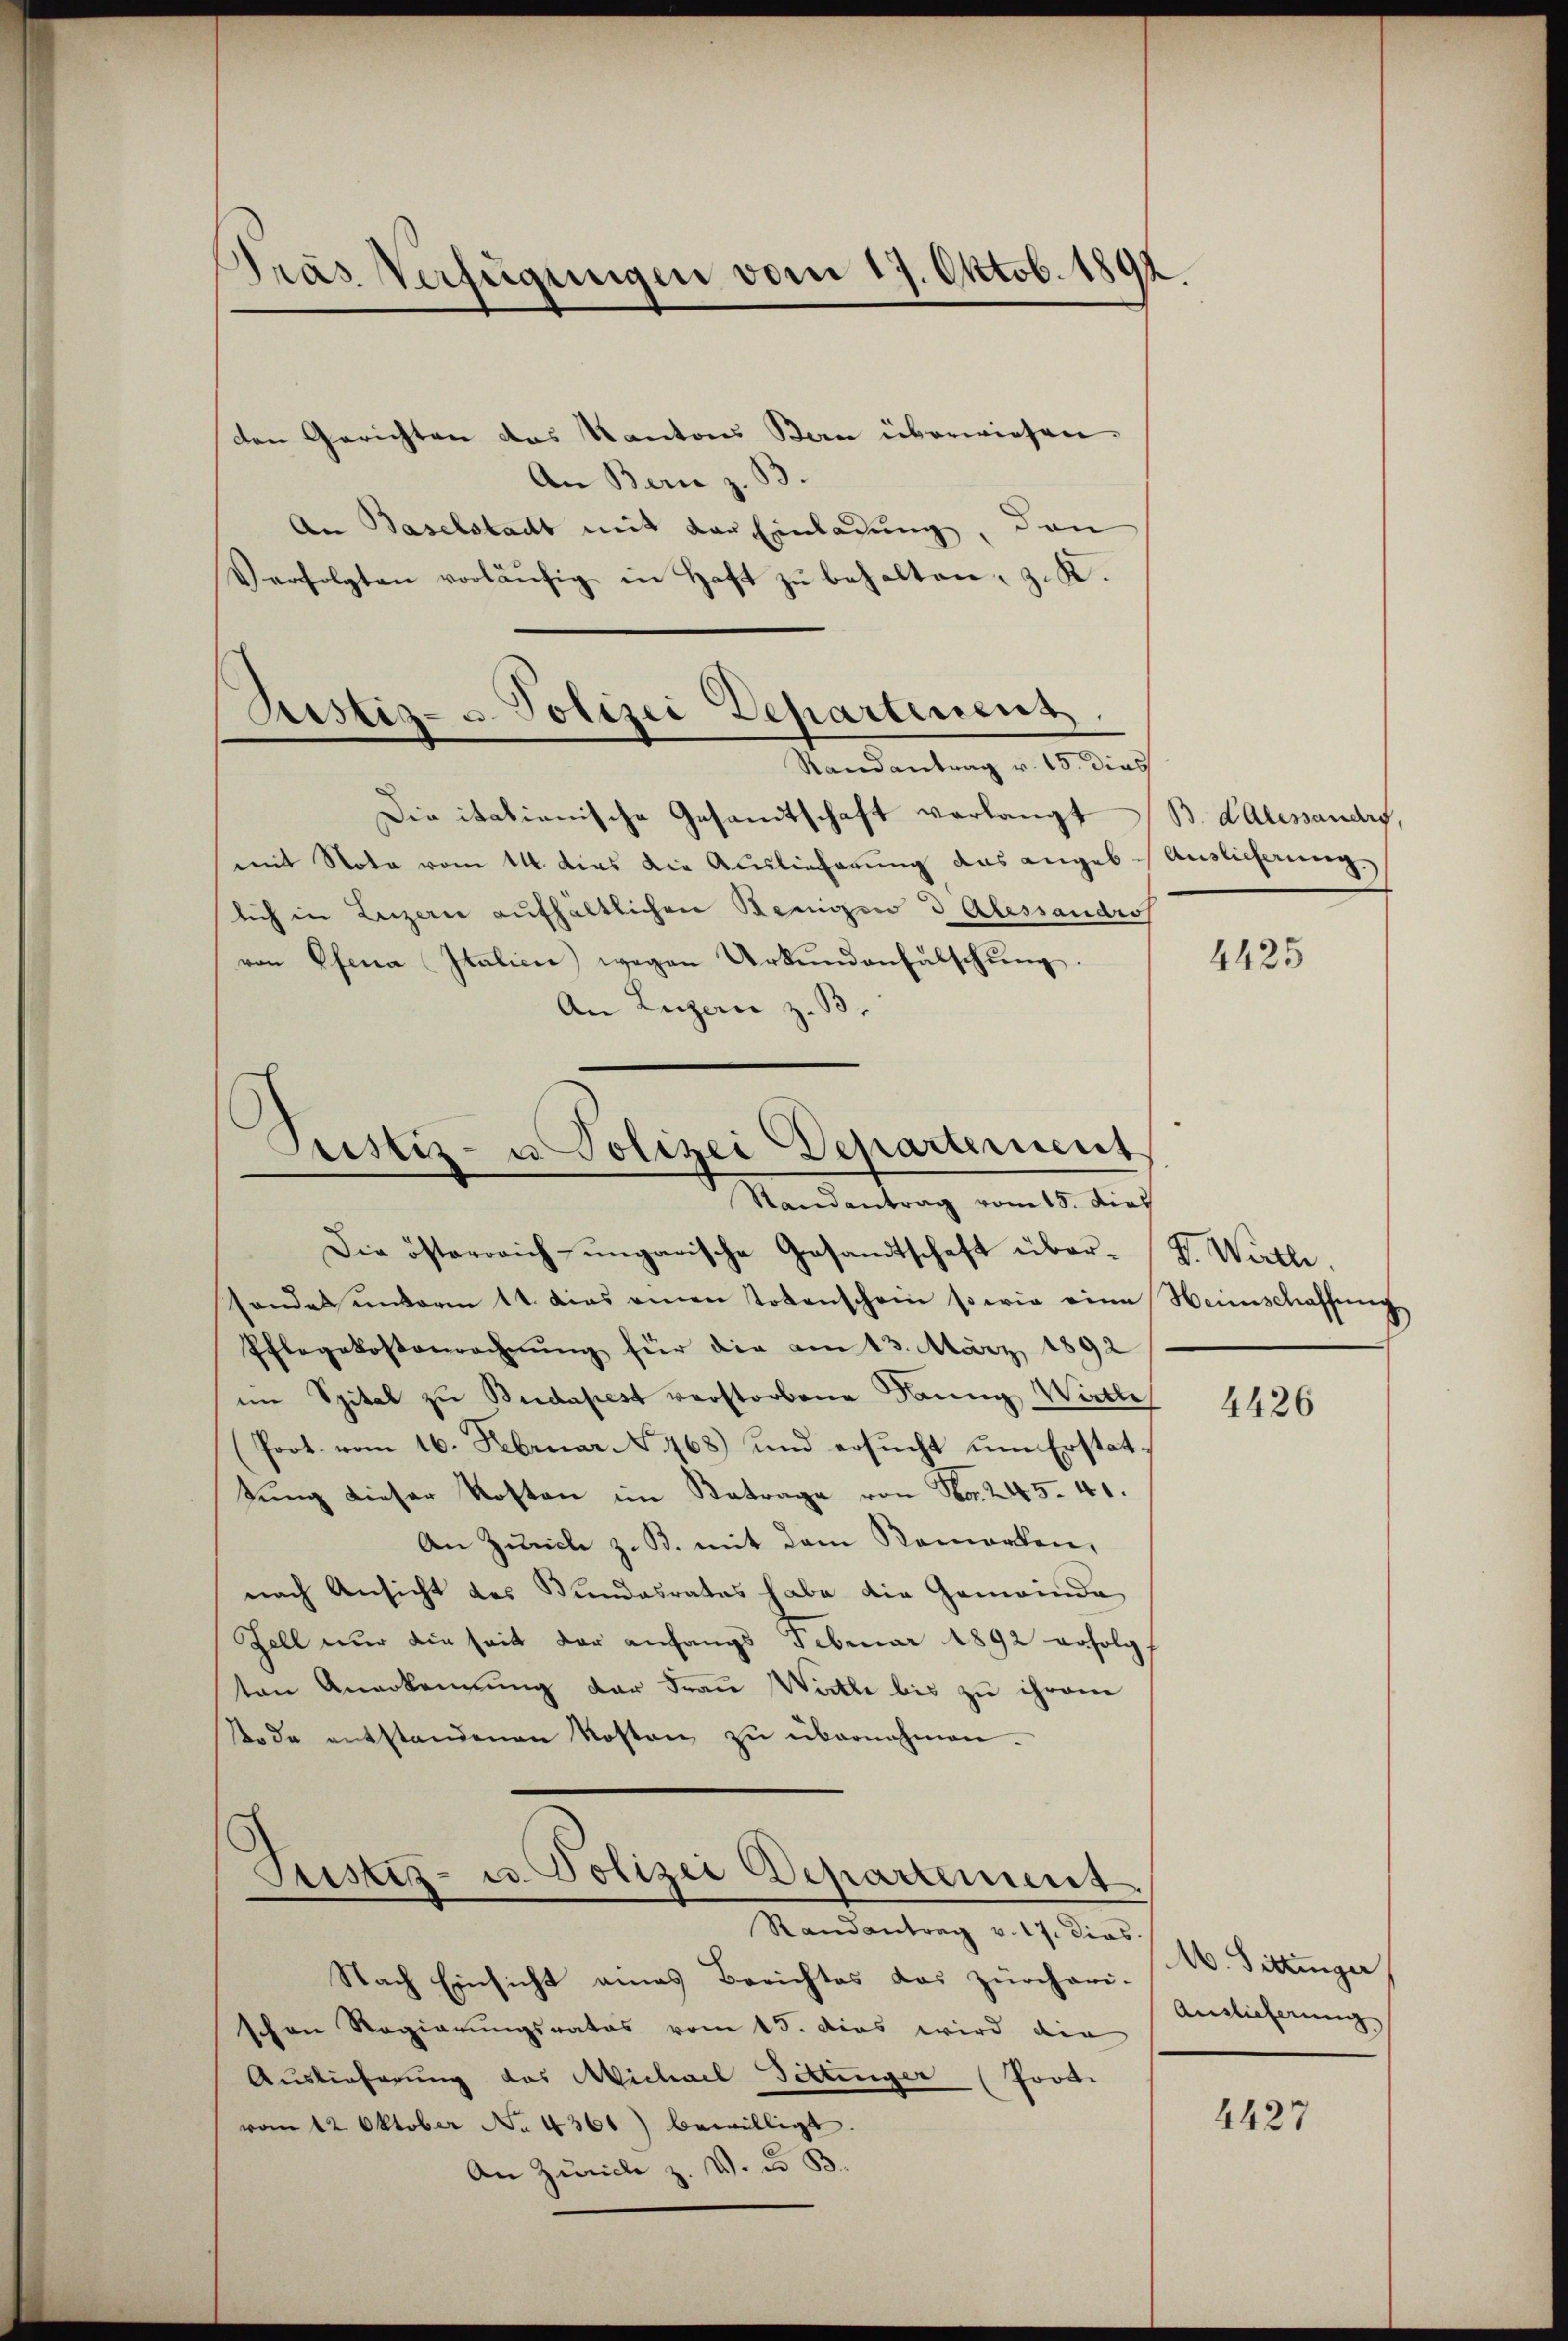
Präs. Verfügungen vom 17. Oktob. 1892

den Gerichten das Kantons Bern überwiesen.
An Bern z. B.
An Baselstadt mit der Einladung, den
Verfolgten vorläŭfig in Haft zŭ behalten, z. K.
Die italienische Gesamtschaft verlangt
mit Nota vom 14. dies die Auslieferung das angeblich in Luzern aufhältlichen Renigen 3 Alessaudios
von Ofena Italici wegen Urkundenfalschung.
An Luzern z. B.
Die österreich-ungarische Gesandtschaft übersonder ŭnterm 11. das einen Totenschein so wie eine Heimschaffŭng
Pflegekostenrechnŭng für die am 13. März 1892
im Spital zu Budapest verstorbene Dann Wirthe
(Prot. vom 16. Februar 768) und ersŭcht ŭm Erstattŭng dieser Kosten im Betrage von No. 245. 41.
An Zürich z. B. mit dem Remarken,
nach Ansicht des Bundesrates habe die Gemeinde
Zell nur die seit der anfangs Februar 1892 erfolgt
ten Anerkennung der Frau Wirthe bis zu ihrem
Tode entstandenen Kosten zŭ übernehmen.
Justiz- u. Polizei Departement.
Randantrag v. 17. dies
Nach Einsicht eines Berichtes das zürcheri-
schen Regierungsrates vom 15. dies wird die
Auslieferung des Michael Töttinger (Prod.
vom 12. Oktober No 4361) bewilligt.
An Zürich z. V. u. B.

Rustiz- u. Polizei Departement
—
Randantrag v. 15. dies

Justiz- u. Polizei Departement
Randantrag vom 15. dies

B dAlessaudis,
Auslieferung.

4425

V. Wirthe

4426

M. Fittinger
Ainlicherung

4427